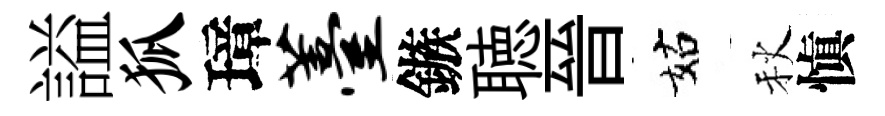
謚狐璋薹鏃聴晉姑秋愼